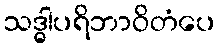
သဒ္ဓါပရိဘာဝိတံပေ